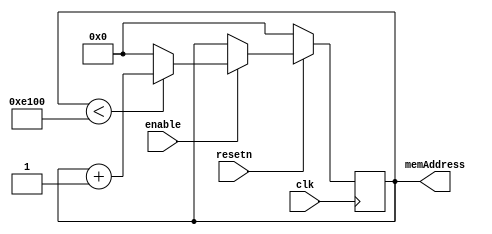
module Master_counter(clk, enable, resetn, memAddress);
	parameter n = 15;

	input clk, enable, resetn;

	output reg	[n:0]	memAddress;			// counter for the whole memory array

	always @(posedge clk) begin
		if (!resetn) 
			memAddress <= 16'd0;
		else if(enable) begin 
			if (memAddress < 16'd57600)
				memAddress <= memAddress + 1;
			else 
				memAddress <= 16'd0;
		end  
	end
endmodule